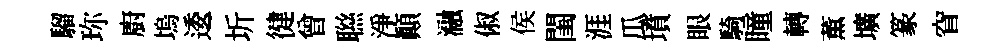
騮珎廚塢逶圻徤曾聮淨顚瀜俶侯閨涯瓜墳眼騎瞳轉薫壙篆窅